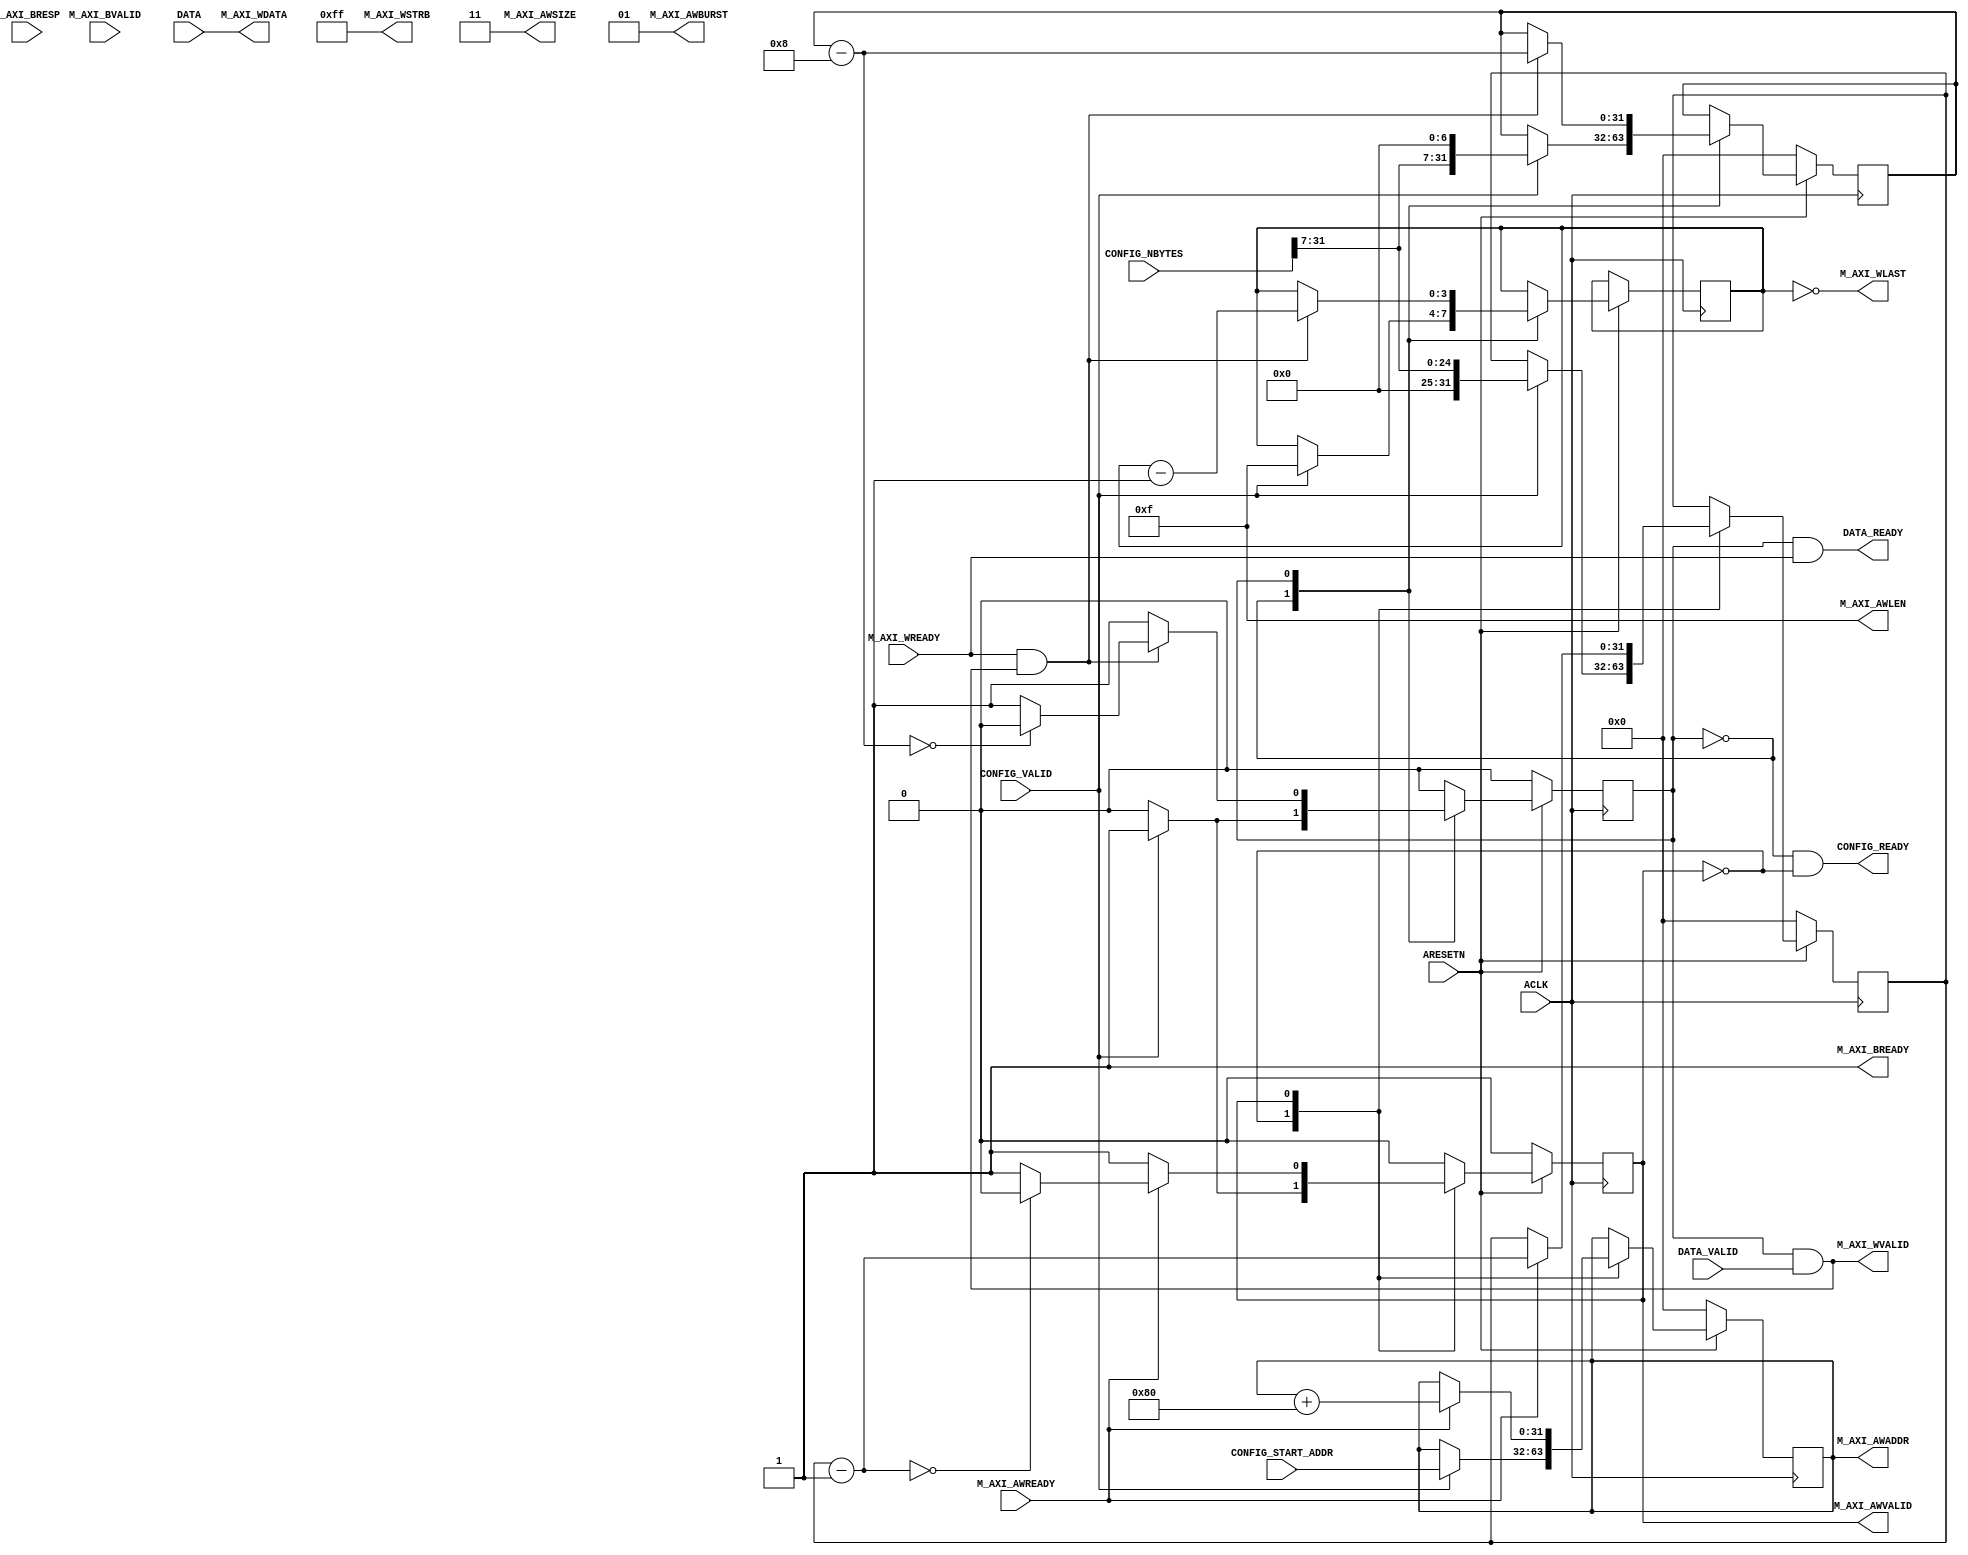
module DRAMWriter_1(
    input ACLK,
    input ARESETN,
    output reg [31:0] M_AXI_AWADDR,
    input M_AXI_AWREADY,
    output M_AXI_AWVALID,
    output [63:0] M_AXI_WDATA,
    output [7:0] M_AXI_WSTRB,
    input M_AXI_WREADY,
    output M_AXI_WVALID,
    output M_AXI_WLAST,
    input [1:0] M_AXI_BRESP,
    input M_AXI_BVALID,
    output M_AXI_BREADY,
    output [3:0] M_AXI_AWLEN,
    output [1:0] M_AXI_AWSIZE,
    output [1:0] M_AXI_AWBURST,
    input CONFIG_VALID,
    output CONFIG_READY,
    input [31:0] CONFIG_START_ADDR,
    input [31:0] CONFIG_NBYTES,
    input [63:0] DATA,
    output DATA_READY,
    input DATA_VALID
);
assign M_AXI_AWLEN = 4'b1111;
assign M_AXI_AWSIZE = 2'b11;
assign M_AXI_AWBURST = 2'b01;
assign M_AXI_WSTRB = 8'b11111111;
parameter IDLE = 0, RWAIT = 1;
reg [31:0] a_count;
reg a_state;  
assign M_AXI_AWVALID = (a_state == RWAIT);
always @(posedge ACLK) begin
    if (ARESETN == 0) begin
        a_state <= IDLE;
        M_AXI_AWADDR <= 0;
        a_count <= 0;
    end else case(a_state)
        IDLE: begin
            if(CONFIG_VALID) begin
                M_AXI_AWADDR <= CONFIG_START_ADDR;
                a_count <= CONFIG_NBYTES[31:7];
                a_state <= RWAIT;
            end
        end
        RWAIT: begin
            if (M_AXI_AWREADY == 1) begin
                if(a_count - 1 == 0)
                    a_state <= IDLE;
                a_count <= a_count - 1;
                M_AXI_AWADDR <= M_AXI_AWADDR + 128; 
            end
        end
    endcase
end
reg [31:0] b_count;
reg w_state;
always @(posedge ACLK) begin
    if (ARESETN == 0) begin
        w_state <= IDLE;
        b_count <= 0;
    end else case(w_state)
        IDLE: begin
            if(CONFIG_VALID) begin
                b_count <= {CONFIG_NBYTES[31:7],7'b0};
                w_state <= RWAIT;
                last_count <= 4'b1111;
            end
        end
        RWAIT: begin
            if (M_AXI_WREADY && M_AXI_WVALID) begin
                if(b_count - 8 == 0) begin
                    w_state <= IDLE;
                end
                last_count <= last_count - 4'b1;
                b_count <= b_count - 8;
            end
        end
    endcase
end
reg [3:0] last_count;
assign M_AXI_WLAST = last_count == 4'b0000;
assign M_AXI_WVALID = (w_state == RWAIT) && DATA_VALID;
assign DATA_READY = (w_state == RWAIT) && M_AXI_WREADY;
assign CONFIG_READY = (w_state == IDLE) && (a_state == IDLE);
assign M_AXI_BREADY = 1;
assign M_AXI_WDATA = DATA;
endmodule